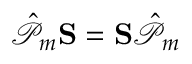
\mathcal { \hat { P } } _ { m } \mathbf { S } = \mathbf { S } \mathcal { \hat { P } } _ { m }